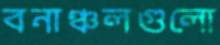
বনাঞ্চলগুলো